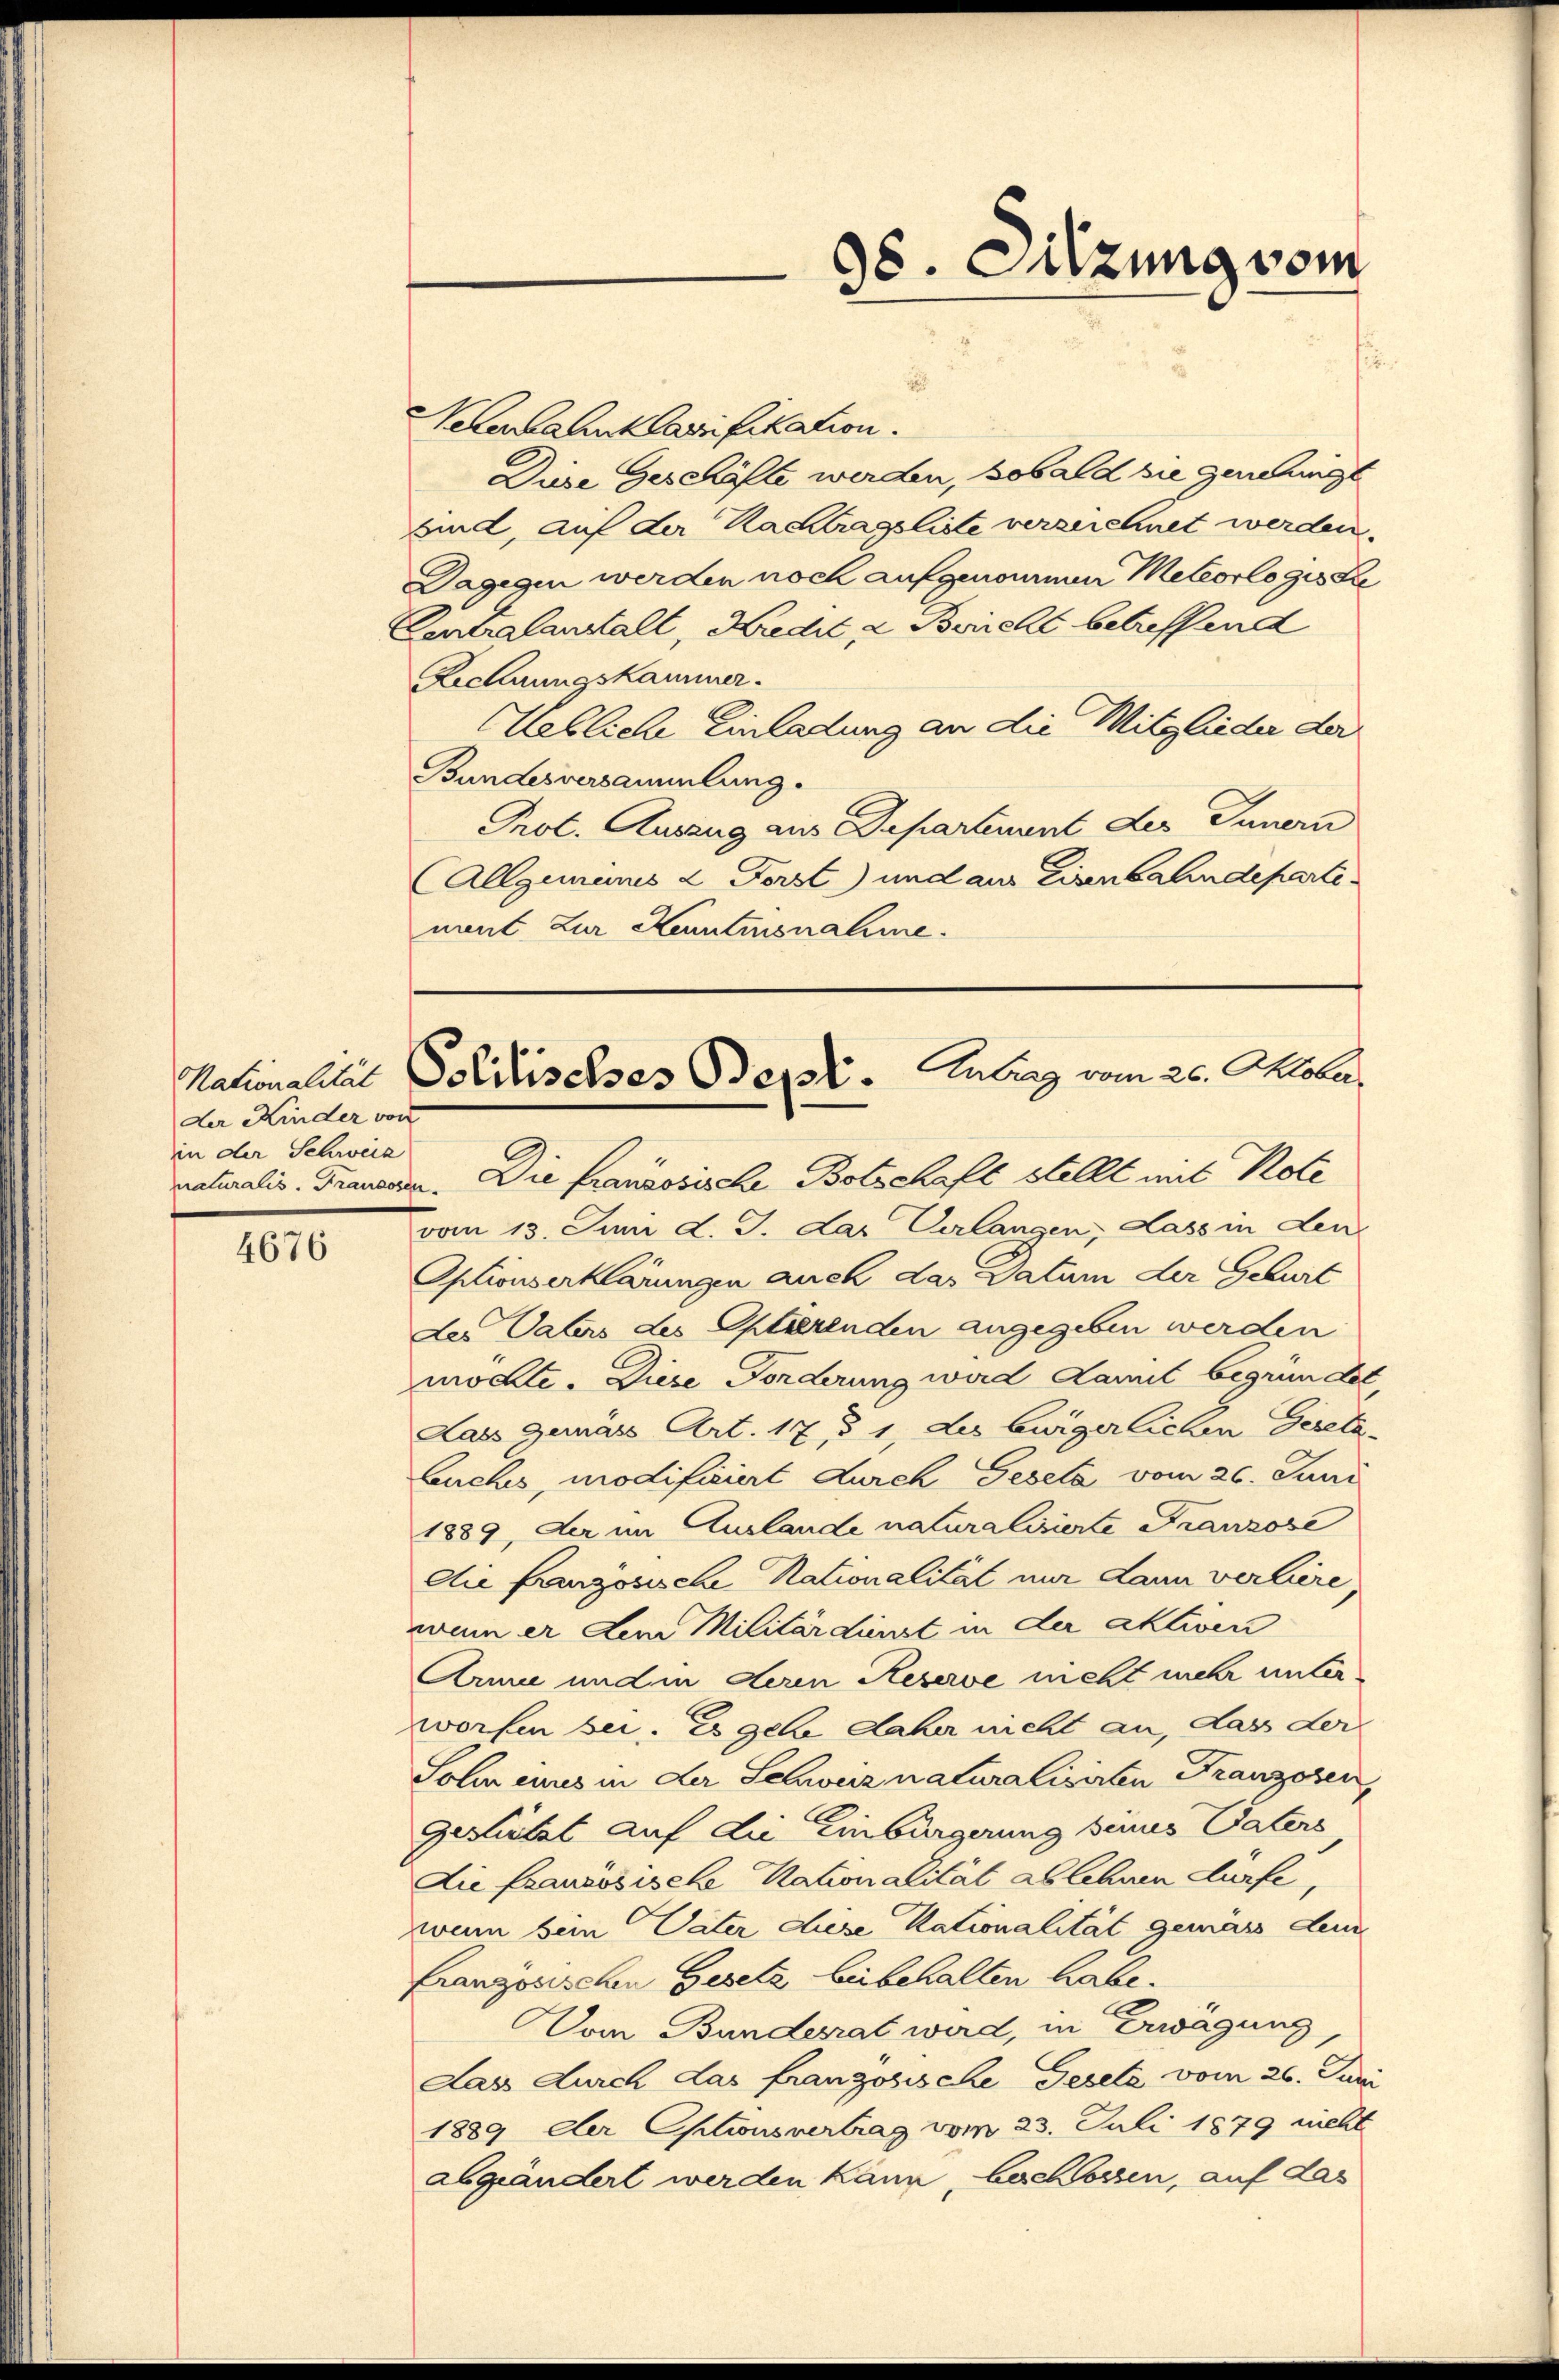
der Kinder von
in der Schweiz

4676

Nekenbahnt Carifikation.
Diese Geschäfte werden, sobald sie genehmigt
sind, auf der Kachtragsliste verzeichnet werden.
Dagegen werden noch aufgenommen Meteorlogis Re
Centralanstalt, Kredit 2 Bricht betreffend
Ziehungskammer.
Hebliche Einladung an die Mitglieder der
Bundesversammlung.
Prot. Auszug aus Departenant des Innern
Allgemeines & Forst) und aus Eisenbahndeparti
nnt. Zur Kentmonahme.
naturalis Fraueren. Die franzosische Botschaft stellt mit Note
vom 13. Juni d. J. das Verlangen, dass in den
Optionserklärungen auch das Datum der Geburt
der Vaters des Optierenden angegeben werden
möchte. Diese Fonderung wird damit begründet
Lass gemäss Art. 17, § 1, Les bürgerlichen Gereta¬
Buches, modificiert durch Gesela vom 26. Juni
1889, der im Auslande naturalisierte Franzose
die französische Nationalität nur dann verliere
wenn er dem Militärdienst in der aktiven
Arme und in deren Keserve nicht mehr unterworfen sei. Es gehe daher nicht an, dass der
Sohn eines in der Schweiz naturalisirten Franzosen,
Gestützt auf die Einbürgerung seines Vaters,
Die französische Nationalität ablehnen dürfe,
wenn sein Vater diese Kationalität gemäss dem
französischen Gesetz beibehalten habe.
Vom Bundesrat wird, in Erwägung
Dass durch das franzosische Gesetz vom 26. Juni
1889 Der Optionsvertrag vom 23. Juli 1879 nicht
abgeändert werden kann, beschlossen, auf das

38. Sitzung vom

Nationalität Politisches Bern. Antrag vom 26. Oktober